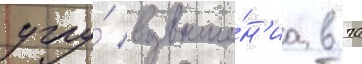
углу́ возвыше́н'иа в 70